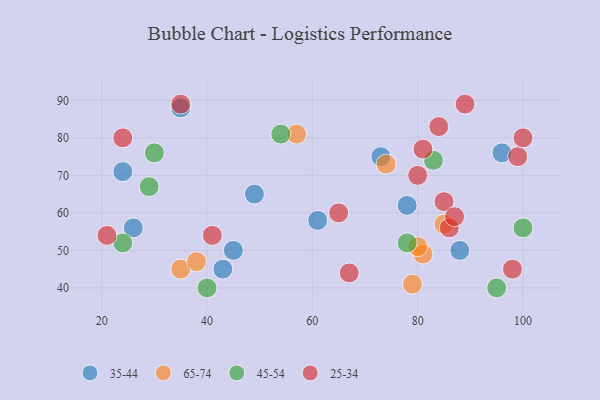
{"axis": {"x": "GDP", "y": "Life Expectancy"}, "legend": ["25-34", "35-44", "45-54", "65-74"], "data": [{"x": "35", "y": 88, "type": "35-44"}, {"x": "96", "y": 76, "type": "35-44"}, {"x": "24", "y": 71, "type": "35-44"}, {"x": "78", "y": 62, "type": "35-44"}, {"x": "61", "y": 58, "type": "35-44"}, {"x": "73", "y": 75, "type": "35-44"}, {"x": "26", "y": 56, "type": "35-44"}, {"x": "49", "y": 65, "type": "35-44"}, {"x": "45", "y": 50, "type": "35-44"}, {"x": "88", "y": 50, "type": "35-44"}, {"x": "43", "y": 45, "type": "35-44"}, {"x": "79", "y": 41, "type": "65-74"}, {"x": "85", "y": 57, "type": "65-74"}, {"x": "81", "y": 49, "type": "65-74"}, {"x": "74", "y": 73, "type": "65-74"}, {"x": "35", "y": 45, "type": "65-74"}, {"x": "57", "y": 81, "type": "65-74"}, {"x": "38", "y": 47, "type": "65-74"}, {"x": "80", "y": 51, "type": "65-74"}, {"x": "29", "y": 67, "type": "45-54"}, {"x": "24", "y": 52, "type": "45-54"}, {"x": "78", "y": 52, "type": "45-54"}, {"x": "40", "y": 40, "type": "45-54"}, {"x": "30", "y": 76, "type": "45-54"}, {"x": "54", "y": 81, "type": "45-54"}, {"x": "83", "y": 74, "type": "45-54"}, {"x": "100", "y": 56, "type": "45-54"}, {"x": "95", "y": 40, "type": "45-54"}, {"x": "85", "y": 63, "type": "25-34"}, {"x": "80", "y": 70, "type": "25-34"}, {"x": "41", "y": 54, "type": "25-34"}, {"x": "98", "y": 45, "type": "25-34"}, {"x": "81", "y": 77, "type": "25-34"}, {"x": "35", "y": 89, "type": "25-34"}, {"x": "24", "y": 80, "type": "25-34"}, {"x": "99", "y": 75, "type": "25-34"}, {"x": "89", "y": 89, "type": "25-34"}, {"x": "86", "y": 56, "type": "25-34"}, {"x": "65", "y": 60, "type": "25-34"}, {"x": "21", "y": 54, "type": "25-34"}, {"x": "84", "y": 83, "type": "25-34"}, {"x": "100", "y": 80, "type": "25-34"}, {"x": "87", "y": 59, "type": "25-34"}, {"x": "67", "y": 44, "type": "25-34"}]}